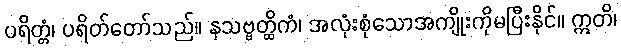
ပရိတ္တံ၊ ပရိတ်တော်သည်။ နသဗ္ဗတ္ထိကံ၊ အလုံးစုံသောအကျိုးကိုမပြီးနိုင်။ ဣတိ၊